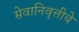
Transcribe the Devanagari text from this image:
सेवानिवृत्तीचे